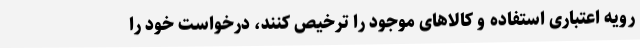
رویه اعتباری استفاده و کالاهای موجود را ترخیص کنند، درخواست خود را